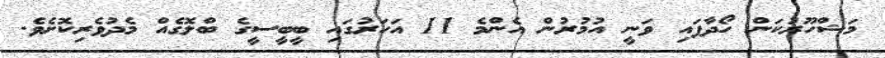
މަޝްހޫރުކަން ހޯދާފައި ވަނީ އުމުރުން އެންމެ 11 އަހަރުގައި ބީބީސީގެ ބްލޮގެއް މެދުވެރިކޮށެވެ.